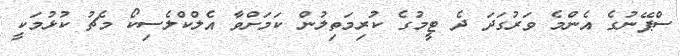
ސްޕޭނުގެ އެންމެ ވަރުގަދަ ދެ ޓީމުގެ ކުރިމަތިލުން ކަމަށްވާ އެލްކްލެސިކޯ މެޗު ކުޅުމަކީ